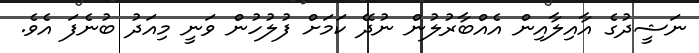
ނަޝީދުގެ އާއިލާއިން އެއްބާރުލުން ނުދޭ ކަމަށް ފުލުހުން ވަނީ މިއަދު ބުނެފަ އެވެ.